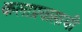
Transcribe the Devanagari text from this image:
कलाप्रवासाची